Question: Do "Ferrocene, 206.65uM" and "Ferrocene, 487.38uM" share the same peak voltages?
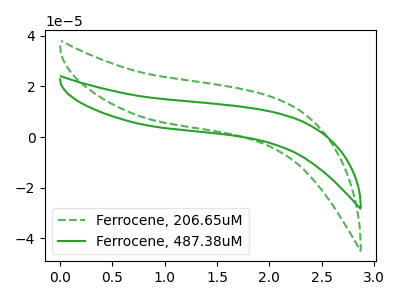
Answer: <think>The green dashed curve "Ferrocene, 206.65uM" has no peaks. The green curve "Ferrocene, 487.38uM" has no peaks.</think>
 <answer>Niether CV has any peaks.</answer>
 <eval>blanks</eval>